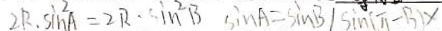
2 R . \sin ^ { 2 } A = 2 R . \sin ^ { 2 } B \sin A = \sin B \vert \sin ( \pi - B ) x